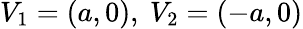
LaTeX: V_{1}=(a,0),\ V_{2}=(-a,0)